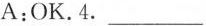
A:OK.4.___